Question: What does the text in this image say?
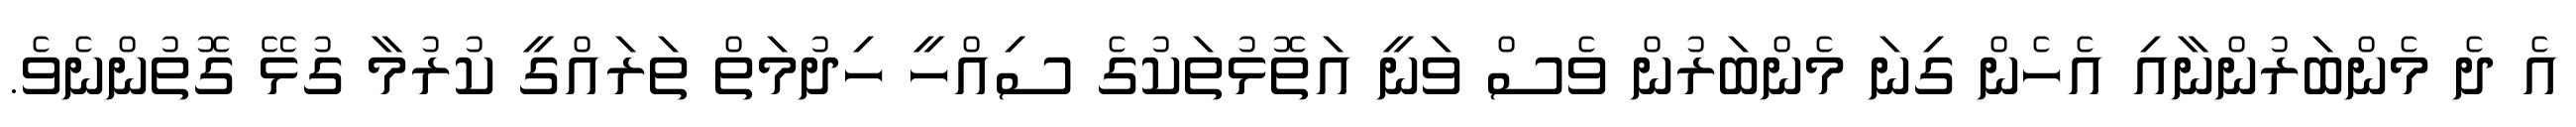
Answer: އެ ދެ މެންބަރުންނާއި އެހެން ގިނަ މެންބަރުން ވެސް ވަނީ އަތޮޅުތަކުގެ ސިއްހީ ހިދުމަތް ތަރައްގީ ކުރުމާ ގުޅޭ ގޮތުންނެވެ.